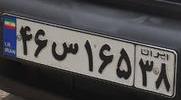
۴۶س۱۶۵۳۸